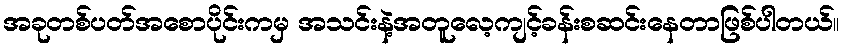
အခုတစ်ပတ်အစောပိုင်းကမှ အသင်းနဲ့အတူလေ့ကျင့်ခန်းစဆင်းနေတာဖြစ်ပါတယ်။